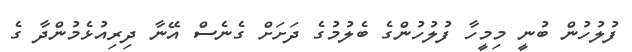
ފުލުހުން ބުނީ މިމީހާ ފުލުުހުންގެ ބެލުމުގެ ދަށަށް ގެނެސް އޭނާ ދިރިއުޅެމުންދާ ގެ